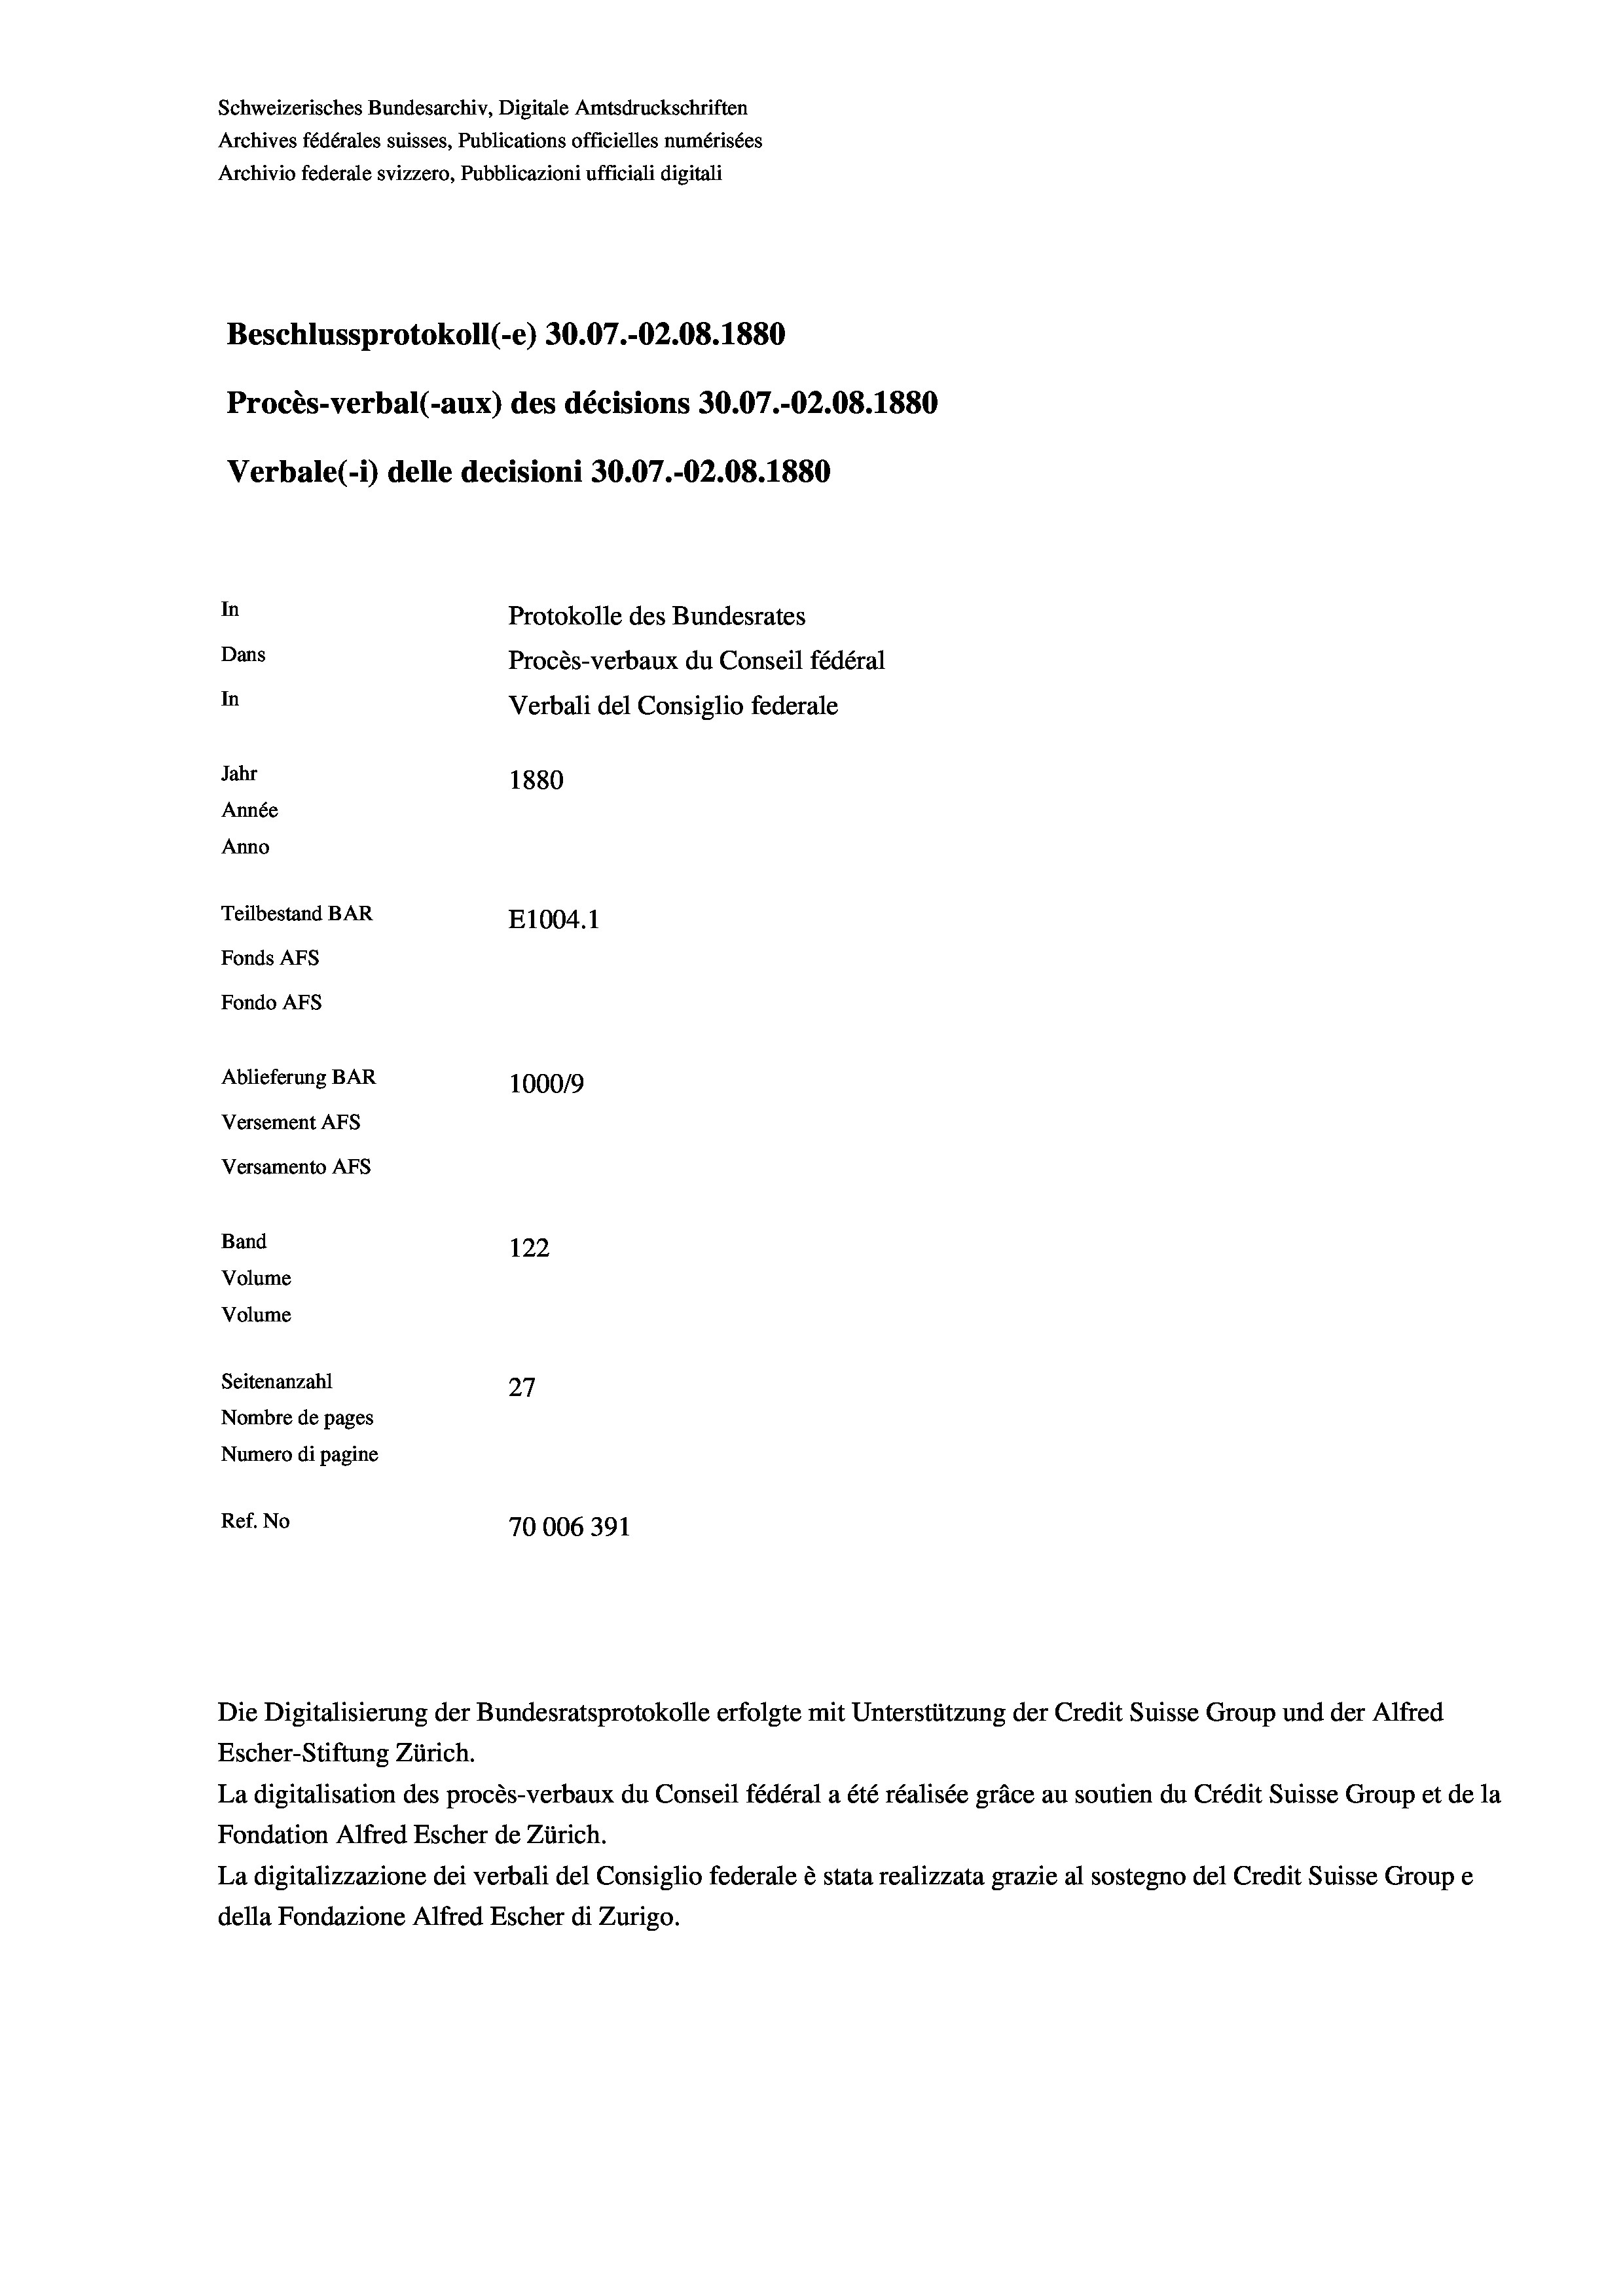
Schweizerisches Bundesarchiv, Digitale Amtsdruckschriften
Archives fédérales suisses, Publications officielles numérisées
Archivio federale svizzero, Pubblicazioni ufficiali digitali
Beschlussprotokoll (-e) 30.07.-O2.08. 1880
Procès-verbal (-aux) des décisions 30.07.-O2.08. 1880
Verbale (- 1) delle decisioni 30.07.-O2.08. 1880
In
Protokolle des Bundesrates
Dans
Procès-verbaux du Conseil fédéral
In
Verbali del Consiglio federale
Jahr
1880
Année
Anno
Teilbestand BAR
E1004. 1
Fonds AFs
Fondo AFS
Ablieferung BAR
100019
Versement AFs
Versamento Afs

Band
Volume
Volume

122
Seitenanzahl
27
Nombre de pages
Numero di pagine
Ref. No
70006391

Escher-Stiftung Zürich.
La digitalisation des procès-verbaux du Conseil fédéral a été réalisée gräce au soutien du Crédit Suisse Group et de la
Fondation Alfred Escher de Zürich.
La digitalizzazione dei verbali del Consiglio federale è stata realizzata grazie al sostegno del Credit Suisse Groupe
della Fondazione Alfred Escher di Zurigo.

Die Digitalisierung der Bundesratsprotokolle erfolgte mit Unterstützung der Credit Suisse Group und der Alfred